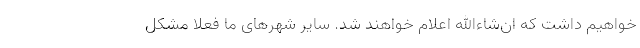
خواهیم داشت که ان‌شاءالله اعلام خواهند شد. سایر شهرهای ما فعلا مشکل